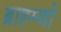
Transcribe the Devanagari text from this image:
ब्राह्म्णों